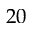
2 0